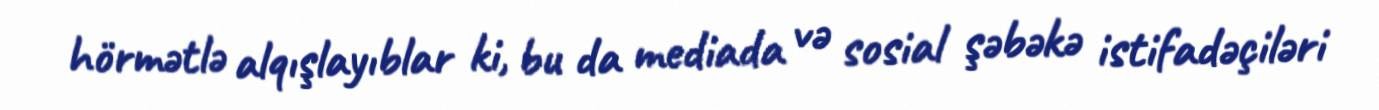
hörmətlə alqışlayıblar ki, bu da mediada və sosial şəbəkə istifadəçiləri